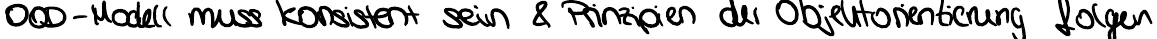
OOD-Modell muss konsistent sein & Prinzipien der Objektorientierung folgen